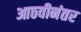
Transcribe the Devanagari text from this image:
आठवीनंतर